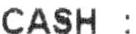
CASH :